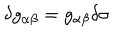
LaTeX: \delta g _ { \alpha \beta } = g _ { \alpha \beta } \delta \sigma